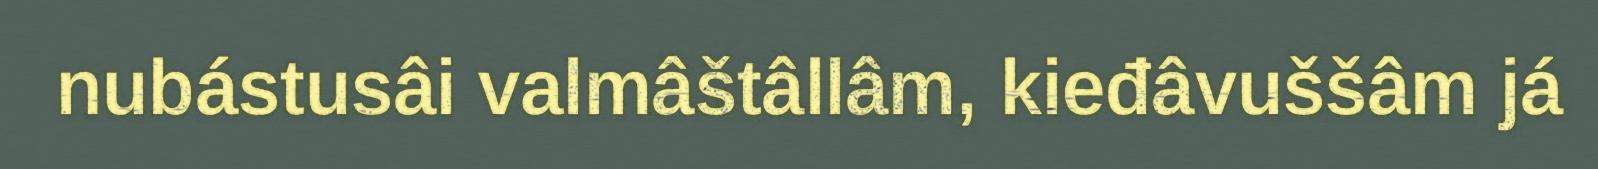
nubástusâi valmâštâllâm, kieđâvuššâm já